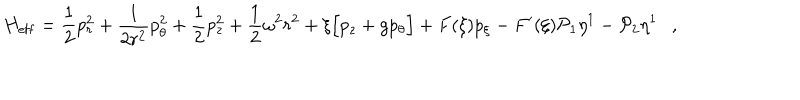
H _ { \mathrm { e f f } } = \frac { 1 } { 2 } p _ { r } ^ { 2 } + \frac { 1 } { 2 r ^ { 2 } } p _ { \theta } ^ { 2 } + \frac { 1 } { 2 } p _ { z } ^ { 2 } + \frac { 1 } { 2 } \omega ^ { 2 } r ^ { 2 } + \xi \Big [ p _ { z } + g p _ { \theta } \Big ] + F ( \xi ) p _ { \xi } - F ^ { \prime } ( \xi ) { \cal P } _ { 1 } \eta ^ { 1 } - { \cal P } _ { 2 } \eta ^ { 1 } \ \ \ ,